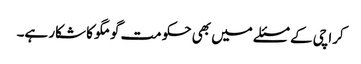
کراچی کے مسئلے میں بھی حکومت گومگو کا شکار ہے۔